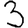
Digit: 3